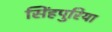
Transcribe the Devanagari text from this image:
सिंहपुरिया